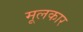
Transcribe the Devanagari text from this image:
मूलकार